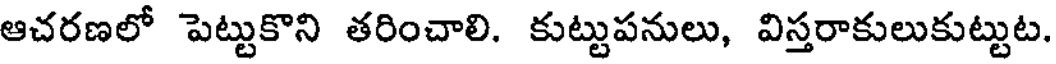
ఆచరణలో పెట్టుకొని తరించాలి. కుట్టుపనులు, విస్తరాకులుకుట్టుట.